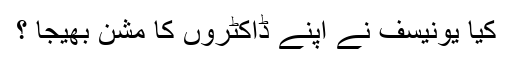
کیا یونیسف نے اپنے ڈاکٹروں کا مشن بھیجا ؟